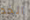
الخد